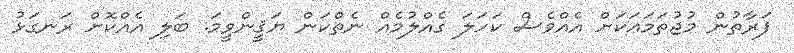
ފަރާތުން މުޖުތަމަޢަކަށް އެއްވެސް ކަހަލަ ގެއްލުމެއް ނެތްކަން ޔަޤީންވީމަ. ބަލި އެއްކޮށް ރަނގަޅު